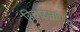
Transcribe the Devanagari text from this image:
विचारसाधना